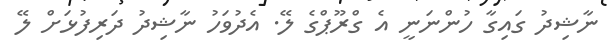
ނާޝިދު ގައިގާ ހުންނަނީ އެ ގްރޫޕްގެ ލޭ. އެދުވަހު ނާޝިދު ދަރިފުޅަށް ލޭ